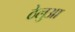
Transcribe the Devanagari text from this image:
ठेलुआ